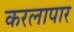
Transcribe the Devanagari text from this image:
करलापार